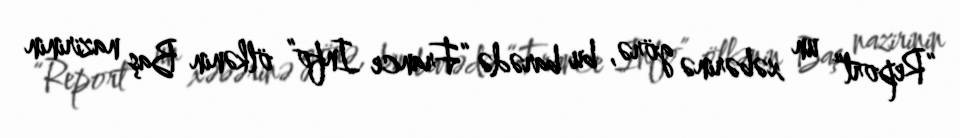
“Report” un xəbərinə görə, bu barədə “France Info” ölkənin Baş nazirinin